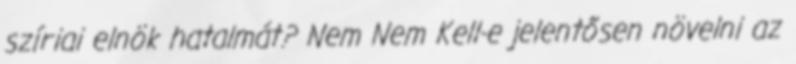
szíriai elnök hatalmát? Nem Nem Kell-e jelentősen növelni az